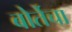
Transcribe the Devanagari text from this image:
बोर्तेचा